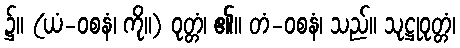
၌။ (ယံ-ဝစနံ၊ ကို။) ဝုတ္တံ၊ ၏။ တံ-ဝစနံ၊ သည်။ သုဋ္ဌုဝုတ္တံ၊